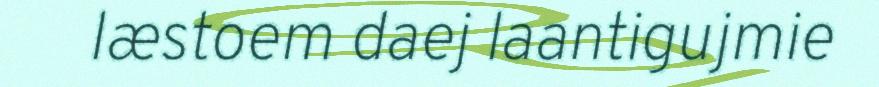
læstoem daej laantigujmie